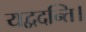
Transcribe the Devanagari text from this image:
यद्वदन्ति।